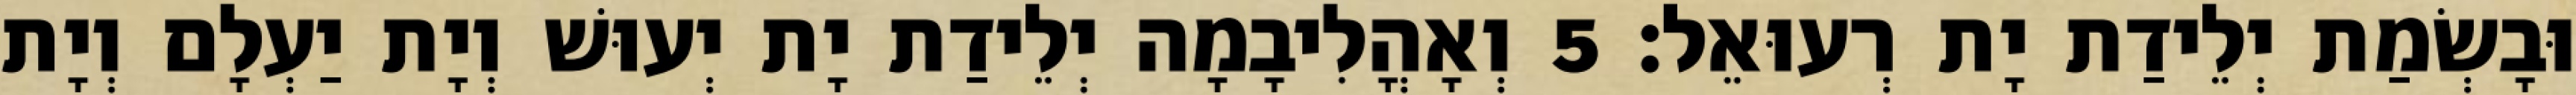
וּבָשְׂמַת יְלֵידַת יָת רְעוּאֵל׃ 5 וְאָהֳלִיבָמָה יְלֵידַת יָת יְעוּשׁ וְיָת יַעְלָם וְיָת